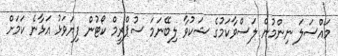
މައްސަލަ ނިންމުން ލަސްވާކަމުގެ ޝަކުވާ ލިބޭނަމަ ސުޕްރީމް ކޯޓުން ފިޔަވަޅު އަޅާނެ ކަމަށް